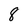
Character: 8